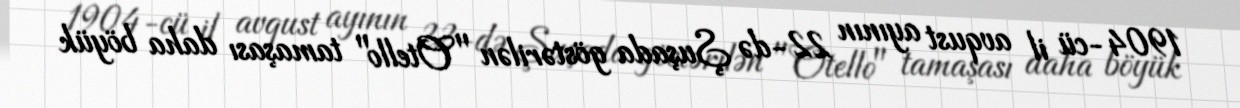
1904-cü il avqust ayının 22-də Şuşada göstərilən "Otello" tamaşası daha böyük